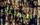
صدمتك